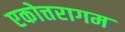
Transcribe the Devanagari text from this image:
एकोत्तरागम